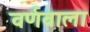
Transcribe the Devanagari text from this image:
वर्णवाला